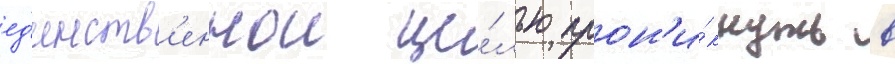
ед'инств'еннои це́лью прон'и́кнуть в